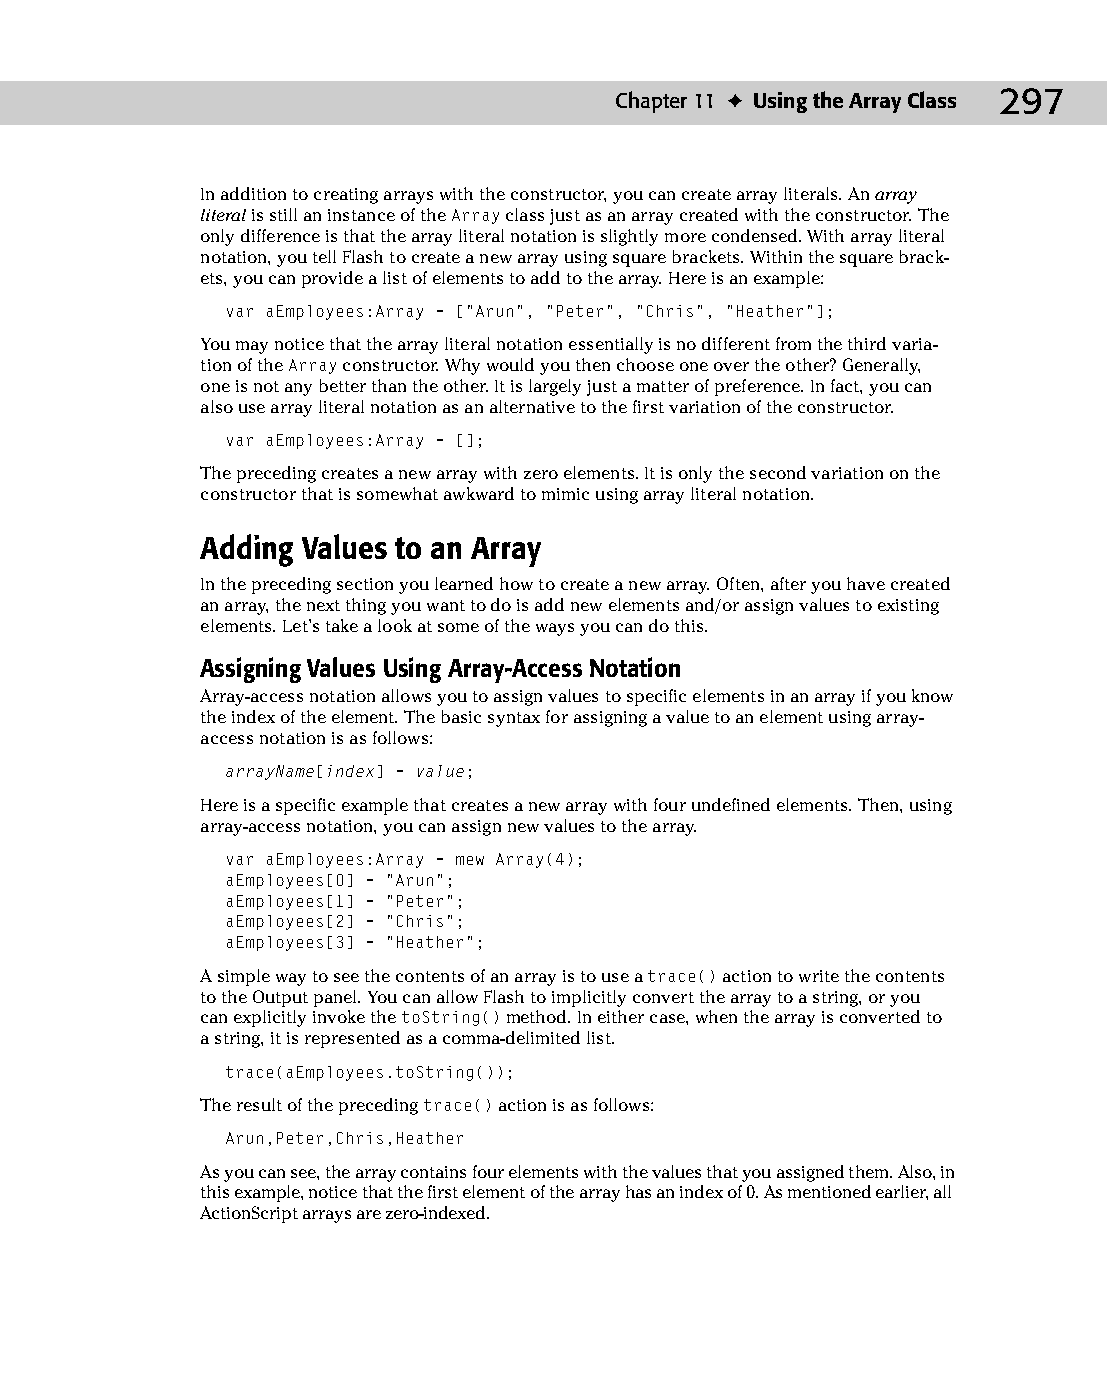
16 543547 ch11.qxd 3/24/04 3:48 PM Page 297
 Chapter 11 ✦ Using the Array Class 297
 In addition to creating arrays with the constructor, you can create array literals. An array
 literal is still an instance of the Array class just as an array created with the constructor. The
 only difference is that the array literal notation is slightly more condensed. With array literal
 notation, you tell Flash to create a new array using square brackets. Within the square brack­
 ets, you can provide a list of elements to add to the array. Here is an example:
 var aEmployees:Array = [“Arun”, “Peter”, “Chris”, “Heather”];
 You may notice that the array literal notation essentially is no different from the third varia­
 tion of the Array constructor. Why would you then choose one over the other? Generally,
 one is not any better than the other. It is largely just a matter of preference. In fact, you can
 also use array literal notation as an alternative to the first variation of the constructor.
 var aEmployees:Array = [];
 The preceding creates a new array with zero elements. It is only the second variation on the
 constructor that is somewhat awkward to mimic using array literal notation.
 Adding Values to an Array
 In the preceding section you learned how to create a new array. Often, after you have created
 an array, the next thing you want to do is add new elements and/or assign values to existing
 elements. Let’s take a look at some of the ways you can do this.
 Assigning Values Using Array-Access Notation
 Array-access notation allows you to assign values to specific elements in an array if you know
 the index of the element. The basic syntax for assigning a value to an element using array-
 access notation is as follows:
 arrayName[index] = value;
 Here is a specific example that creates a new array with four undefined elements. Then, using
 array-access notation, you can assign new values to the array.
 var aEmployees:Array = mew Array(4);
 aEmployees[0] = “Arun”;
 aEmployees[1] = “Peter”;
 aEmployees[2] = “Chris”;
 aEmployees[3] = “Heather”;
 A simple way to see the contents of an array is to use a trace() action to write the contents
 to the Output panel. You can allow Flash to implicitly convert the array to a string, or you
 can explicitly invoke the toString() method. In either case, when the array is converted to
 a string, it is represented as a comma-delimited list.
 trace(aEmployees.toString());
 The result of the preceding trace() action is as follows:
 Arun,Peter,Chris,Heather
 As you can see, the array contains four elements with the values that you assigned them. Also, in
 this example, notice that the first element of the array has an index of 0. As mentioned earlier, all
 ActionScript arrays are zero-indexed.